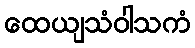
ထေယျသံဝါသကံ